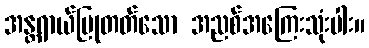
အန္တရာယ်ပြုတတ်သော အညစ်အကြေးသုံးပါး။